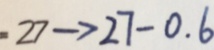
= 2 7 \rightarrow 2 7 - 0 . 6